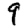
Digit: 9